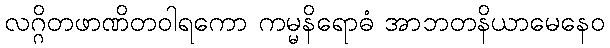
လဂ္ဂိတဖာဏိတဝါရကော ကမ္မနိရောဓံ အာဘတနိယာမေနေဝ